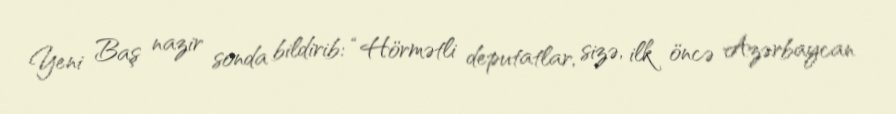
Yeni Baş nazir sonda bildirib: “Hörmətli deputatlar, sizə, ilk öncə Azərbaycan